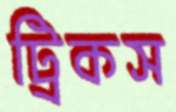
ট্রিকস